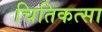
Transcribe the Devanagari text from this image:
चितिकत्सा